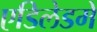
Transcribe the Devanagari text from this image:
एडिलेडमें